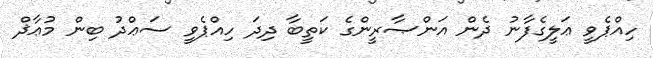
ހިއްޕެވީ ޢަލީގެފާނު ދެން އަންޞާރީންގެ ކަތީބާ ދިދަ ހިއްޕެވީ ސަޢްދު ބިން މުޢާޛް